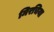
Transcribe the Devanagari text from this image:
मिरचिया